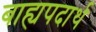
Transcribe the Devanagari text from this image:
बाह्यपदार्थ